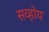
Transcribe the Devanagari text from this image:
सव्होय